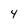
Character: 4